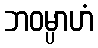
ဘဝမ္ပာဟံ